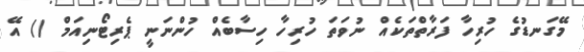
މޭގަނޑުގެ ހުރިހާ ފަރާތްތަކެއް ނުވަތަ ހުރިހާ ހިސާބެއް ހުންނަނީ ޕެރިޓޯނިއަމް () އޭ